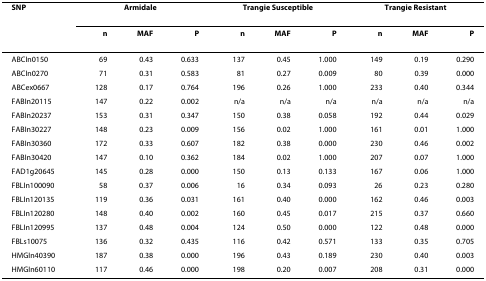
<table><thead><tr><td><b>SNP</b></td><td colspan="3"><b>Armidale</b></td><td colspan="3"><b>Trangie Susceptible</b></td><td colspan="3"><b>Trangie Resistant</b></td></tr><tr><td></td><td><b>n</b></td><td><b>MAF</b></td><td><b>P</b></td><td><b>n</b></td><td><b>MAF</b></td><td><b>P</b></td><td><b>n</b></td><td><b>MAF</b></td><td><b>P</b></td></tr></thead><tbody><tr><td>ABCIn0150</td><td>69</td><td>0.43</td><td>0.633</td><td>137</td><td>0.45</td><td>1.000</td><td>149</td><td>0.19</td><td>0.290</td></tr><tr><td>ABCIn0270</td><td>71</td><td>0.31</td><td>0.583</td><td>81</td><td>0.27</td><td>0.009</td><td>80</td><td>0.39</td><td>0.000</td></tr><tr><td>ABCex0667</td><td>128</td><td>0.17</td><td>0.764</td><td>196</td><td>0.26</td><td>1.000</td><td>233</td><td>0.40</td><td>0.344</td></tr><tr><td>FABIn20115</td><td>147</td><td>0.22</td><td>0.002</td><td>n/a</td><td>n/a</td><td>n/a</td><td>n/a</td><td>n/a</td><td>n/a</td></tr><tr><td>FABIn20237</td><td>153</td><td>0.31</td><td>0.347</td><td>150</td><td>0.38</td><td>0.058</td><td>192</td><td>0.44</td><td>0.029</td></tr><tr><td>FABIn30227</td><td>148</td><td>0.23</td><td>0.009</td><td>156</td><td>0.02</td><td>1.000</td><td>161</td><td>0.01</td><td>1.000</td></tr><tr><td>FABIn30360</td><td>172</td><td>0.33</td><td>0.607</td><td>182</td><td>0.38</td><td>0.000</td><td>230</td><td>0.46</td><td>0.002</td></tr><tr><td>FABIn30420</td><td>147</td><td>0.10</td><td>0.362</td><td>184</td><td>0.02</td><td>1.000</td><td>207</td><td>0.07</td><td>1.000</td></tr><tr><td>FAD1g20645</td><td>145</td><td>0.28</td><td>0.000</td><td>150</td><td>0.13</td><td>0.133</td><td>167</td><td>0.06</td><td>1.000</td></tr><tr><td>FBLIn100090</td><td>58</td><td>0.37</td><td>0.006</td><td>16</td><td>0.34</td><td>0.093</td><td>26</td><td>0.23</td><td>0.280</td></tr><tr><td>FBLIn120135</td><td>119</td><td>0.36</td><td>0.031</td><td>161</td><td>0.40</td><td>0.000</td><td>162</td><td>0.46</td><td>0.003</td></tr><tr><td>FBLIn120280</td><td>148</td><td>0.40</td><td>0.002</td><td>160</td><td>0.45</td><td>0.017</td><td>215</td><td>0.37</td><td>0.660</td></tr><tr><td>FBLIn120995</td><td>137</td><td>0.48</td><td>0.004</td><td>124</td><td>0.50</td><td>0.000</td><td>122</td><td>0.48</td><td>0.000</td></tr><tr><td>FBLs10075</td><td>136</td><td>0.32</td><td>0.435</td><td>116</td><td>0.42</td><td>0.571</td><td>133</td><td>0.35</td><td>0.705</td></tr><tr><td>HMGIn40390</td><td>187</td><td>0.38</td><td>0.000</td><td>196</td><td>0.43</td><td>0.189</td><td>230</td><td>0.40</td><td>0.003</td></tr><tr><td>HMGIn60110</td><td>117</td><td>0.46</td><td>0.000</td><td>198</td><td>0.20</td><td>0.007</td><td>208</td><td>0.31</td><td>0.000</td></tr></tbody></table>